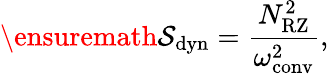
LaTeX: \ensuremath{\mathcal{S}}_{\mathrm{dyn}}=\frac{N_{\mathrm{RZ}}^{2}}{\omega_{\mathrm{conv}}^{2}},